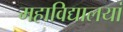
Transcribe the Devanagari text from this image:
महाविद्यालयां